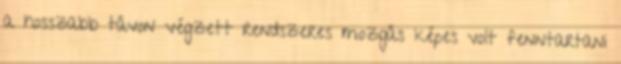
a hosszabb távon végzett rendszeres mozgás képes volt fenntartani